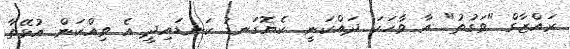
ރައްޒާގް "ވަގުތު" އާ ވާހަކަ ދައްކަނީ. ކެޔޮގަނޑު ކަނޑައިދީ އެ ވިއްކަން އުޅޭތާ